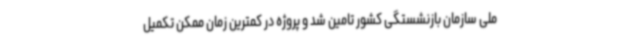
ملی سازمان بازنشستگی کشور تامین شد و پروژه در کمترین زمان ممکن تکمیل